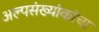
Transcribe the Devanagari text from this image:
अल्पसंख्यांकांचा